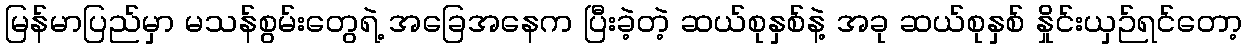
မြန်မာပြည်မှာ မသန်စွမ်းတွေရဲ့ အခြေအနေက ပြီးခဲ့တဲ့ ဆယ်စုနှစ်နဲ့ အခု ဆယ်စုနှစ် နှိုင်းယှဉ်ရင်တော့